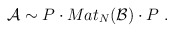
\begin{align*}{\cal A} \sim P \cdot Mat_N({\cal B})\cdot P\,\,.\end{align*}